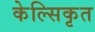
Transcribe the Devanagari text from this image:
केल्सिकृत